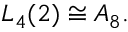
L _ { 4 } ( 2 ) \cong A _ { 8 } .